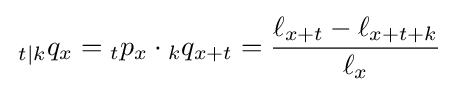
\,{}_{t\mid k}q_{x}={}_{t}p_{x}\cdot {}_{k}q_{x+t}={\ell _{x+t}-\ell _{x+t+k} \over \ell _{x}}